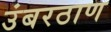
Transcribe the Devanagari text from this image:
उंबरठाण